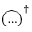
\widehat { ( \ldots ) } ^ { \dagger }